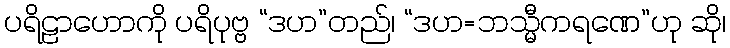
ပရိဠာဟောကို ပရိပုဗ္ဗ “ဒဟ”တည်၊ “ဒဟ=ဘသ္မီကရဏေ”ဟု ဆို၊